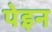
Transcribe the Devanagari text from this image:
पेइन